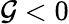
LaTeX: \mathcal{G}<0